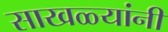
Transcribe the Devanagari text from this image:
साखळ्यांनी